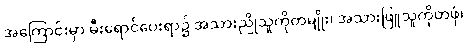
အကြောင်းမှာ မီးရောင်ပေးရာ၌ အသားညိုသူကိုတမျိုး၊ အသားဖြူသူကိုတဖုံ၊